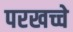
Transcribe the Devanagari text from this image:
परखच्चे